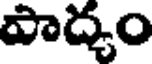
పాద్యం